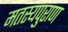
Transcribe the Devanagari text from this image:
मतस्यपुराण